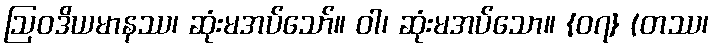
ဩဝဒိယမာနဿ၊ ဆုံးမအပ်သော်။ ဝါ၊ ဆုံးမအပ်သော။ {၀၇} (တဿ၊